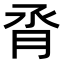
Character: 𪱝